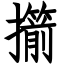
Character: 擶